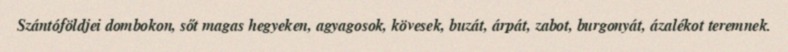
Szántóföldjei dombokon, sőt magas hegyeken, agyagosok, kövesek, buzát, árpát, zabot, burgonyát, ázalékot teremnek.